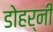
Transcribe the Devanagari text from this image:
डोहर्नी